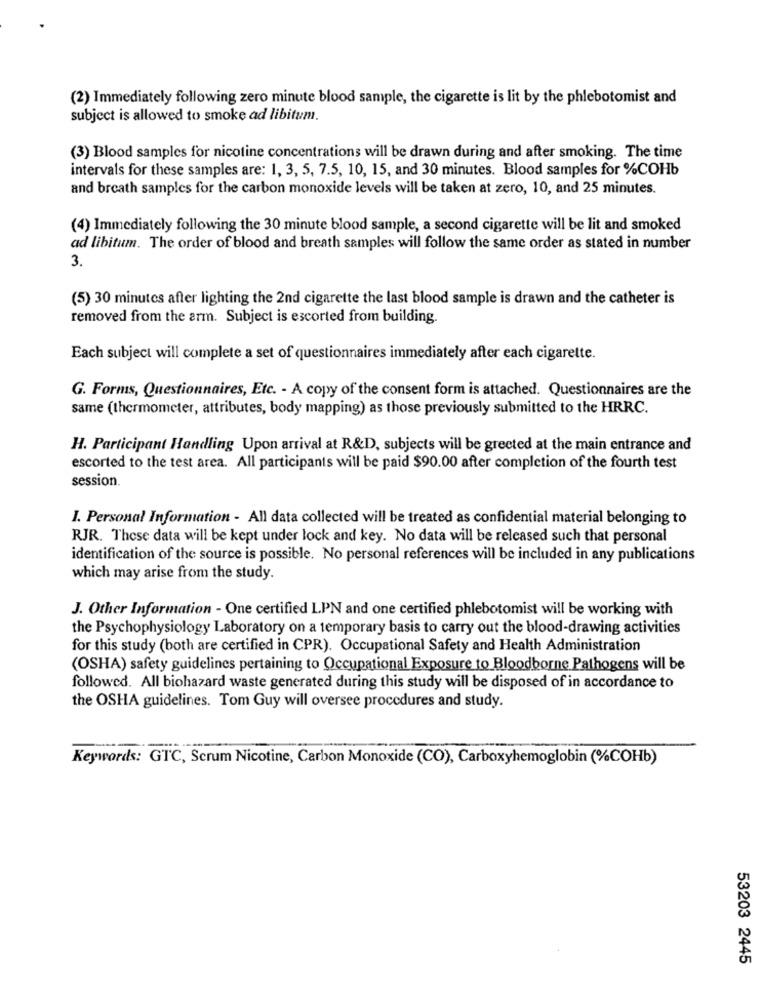
(2) Immediately following zero minute blood sample, the cigarette is lit by the phlebotomist and
subject is allowed to smoke ad libitum.
(3) Blood samples for nicotine concentrations will be drawn during and after smoking. The time
intervals for these samples are: 1, 3, 5, 7.5, 10, 15, and 30 minutes. Blood samples for %COHb
and breath samples for the carbon monoxide levels will be taken at zero, 10, and 25 minutes.
(4) Immediately following the 30 minute blood sample, a second cigarette will be lit and smoked
ad libitum. The order of blood and breath samples will follow the same order as stated in number
3.
(5) 30 minutes after lighting the 2nd cigarette the last blood sample is drawn and the catheter is
removed from the arm. Subject is escorted from building.
Each subject will complete a set of questionnaires immediately after each cigarette.
G. Forms, Questionnaires, Etc. - A copy of the consent form is attached. Questionnaires are the
same (thermometer, attributes, body mapping) as those previously submitted to the HRRC.
H. Participant Handling Upon arrival at R&D, subjects will be greeted at the main entrance and
escorted to the test area. All participants will be paid $90.00 after completion of the fourth test
session.
I. Personal Information - All data collected will be treated as confidential material belonging to
RJR. These data will be kept under lock and key. No data will be released such that personal
identification of the source is possible. No personal references will be included in any publications
which may arise from the study.
J. Other Information - One certified LPN and one certified phlebotomist will be working with
the Psychophysiology Laboratory on a temporary basis to carry out the blood-drawing activities
for this study (both are certified in CPR). Occupational Safety and Health Administration
(OSHA) safety guidelines pertaining to Occupational Exposure to Bloodborne Pathogens will be
followed. All biohazard waste generated during this study will be disposed of in accordance to
the OSHA guidelines. Tom Guy will oversee procedures and study.
Keywords: GTC, Scrum Nicotine, Carbon Monoxide (CO), Carboxyhemoglobin (%COHb)
53203 2445